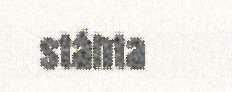
stáhta